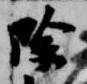
除